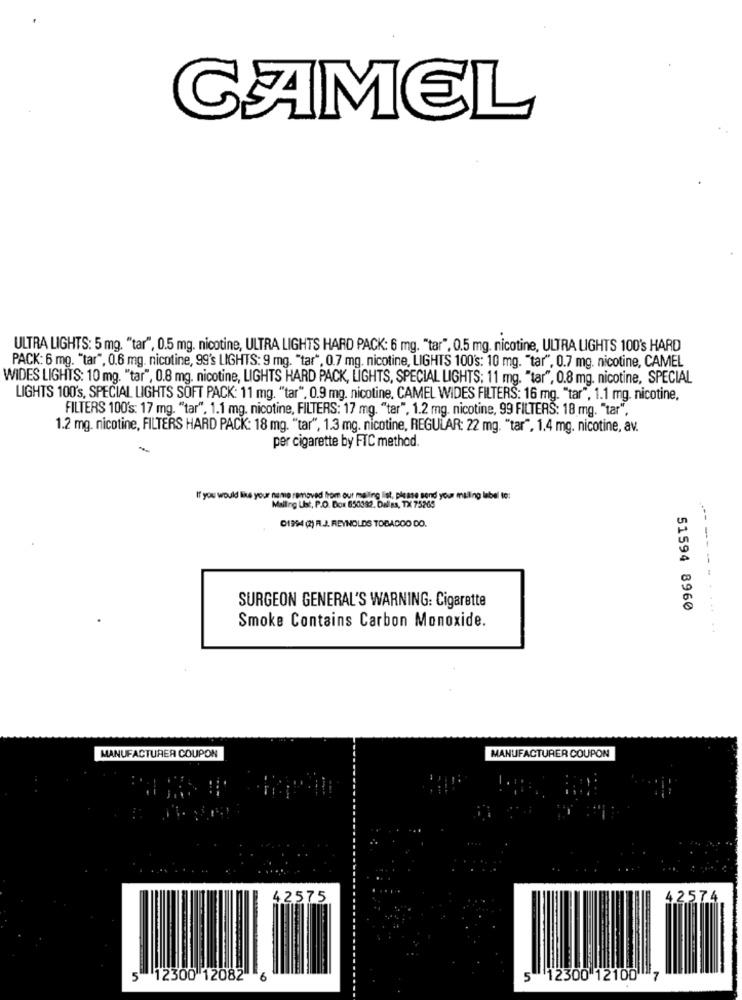
CAMEL
ULTRA LIGHTS: 5 mg. "tar", 0.5 mg. nicotine, ULTRA LIGHTS HARD PACK: 6 mg. "tar", 0.5 mg. nicotine, ULTRA LIGHTS 100's HARD
PACK: 6 mg. "tar", 0.6 mg. nicotine, 99's LIGHTS: 9 mg. "tar", 0.7 mg. nicotine, LIGHTS 100's: 10 mg. "tar", 0.7 mg. nicotine, CAMEL
WIDES LIGHTS: 10 mg. "tar", 0.8 mg. nicotine, LIGHTS HARD PACK, LIGHTS, SPECIAL LIGHTS: 11 mg. "tar", 0.8 mg. nicotine, SPECIAL
LIGHTS 100's, SPECIAL LIGHTS SOFT PACK: 11 mg. "tar". 0.9 mg. nicotine. CAMEL WIDES FILTERS: 16 mg. "tar", 1.1 mg. nicotine,
FILTERS 100's: 17 mg. "tar", 1.1 mg. nicotine, FILTERS: 17 mg. "tar", 1.2 mg. nicotine, 99 FILTERS: 18 mg. "tar".
1.2 mg. nicotine, FILTERS HARD PACK: 18 mg. "tar", 1.3 mg. nicotine, REGULAR: 22 mg. "tar", 1.4 mg. nicotine, av.
per cigarette by FTC method.
-
If you would live your name removed from our mailing list, please send your maling label to:
Maling Ust, P.O. Box 850392. Dallas, TX 75265
01994 (2) R.J. REYNOLDS TOBADOO DO.
SURGEON GENERAL'S WARNING: Cigarette
51594 8960
Smoke Contains Carbon Monoxide.
.....
MANUFACTURER COUPON
MANUFACTURER COUPON
42575
4.2.574
5
"12300 12082"
6
5 12300 12100"